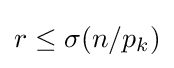
r\leq \sigma (n/p_{k})